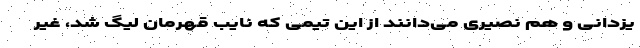
یزدانی و هم نصیری می‌دانند از این تیمی که نایب قهرمان لیگ شد، غیر